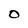
Character: 0